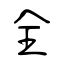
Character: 全